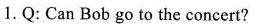
1.Q: Can Bob go to the concert?